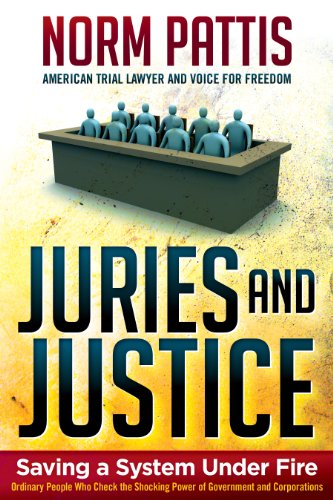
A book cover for Juries and Justice; Norm Pattis; Law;